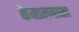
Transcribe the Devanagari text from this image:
केमालपाशा